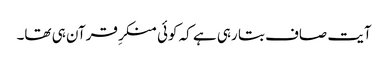
آیت صاف بتا رہی ہے کہ کوئی منکرِ قرآن ہی تھا۔